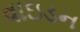
વાઇડન